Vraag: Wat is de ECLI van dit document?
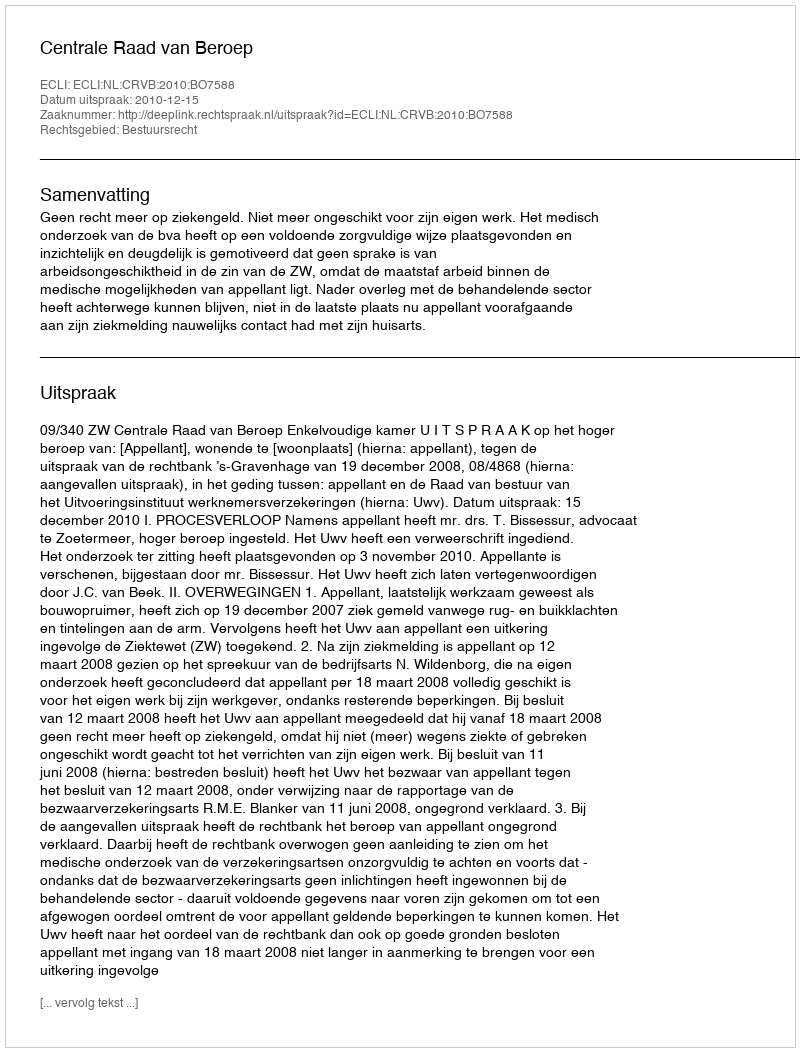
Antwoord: ECLI:NL:CRVB:2010:BO7588